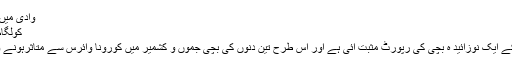
وادی میںکورونا کا سب سے کم عمر کیس
کولگام میں3دن کی نو زائیدہ بچی متاثر
سرینگر //چڈر کولگام میں 3دن کے ایک نوزائید ہ بچی کی رپورٹ مثبت آئی ہے اور اس طرح تین دنوں کی بچی جموں و کشمیر میں کورونا وائرس سے متاثرہونے والا سب سے کم عمر معاملہ ہے۔